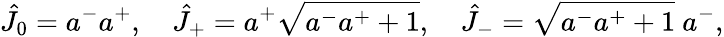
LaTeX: \hat{J}_{0}=a^{-}a^{+},~~~~\hat{J}_{+}=a^{+}\sqrt{a^{-}a^{+}+1},~~~~\hat{J}_{-}=\sqrt{a^{-}a^{+}+1}~a^{-},